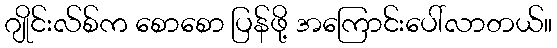
ဂျိုင်းလ်စ်က စောစော ပြန်ဖို့ အကြောင်းပေါ်လာတယ်။